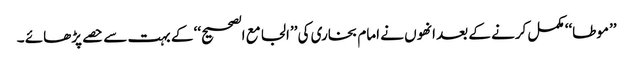
’’موطا‘‘ مکمل کرنے کے بعد انھوں نے امام بخاری کی ’’الجامع الصحیح‘‘ کے بہت سے حصے پڑھائے ۔